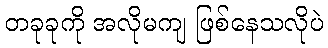
တခုခုကို အလိုမကျ ဖြစ်နေသလိုပဲ